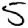
Digit: 5